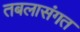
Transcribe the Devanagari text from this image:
तबलासंगत